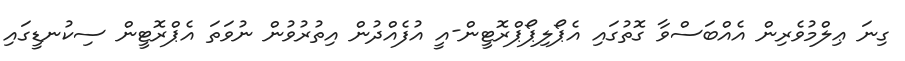
ގިނަ ޢިލްމުވެރިން އެއްބަސްވާ ގޮތުގައި އެޕޯލިޕޯޕްރޮޓީން-އީ އުފެއްދުން އިތުރުވުން ނުވަތަ އެޕްރޮޓީން ސިކުނޑީގައި